65_HS1-834228961_62-HQ-83894_Section_2
Agency: FBI
Page 160
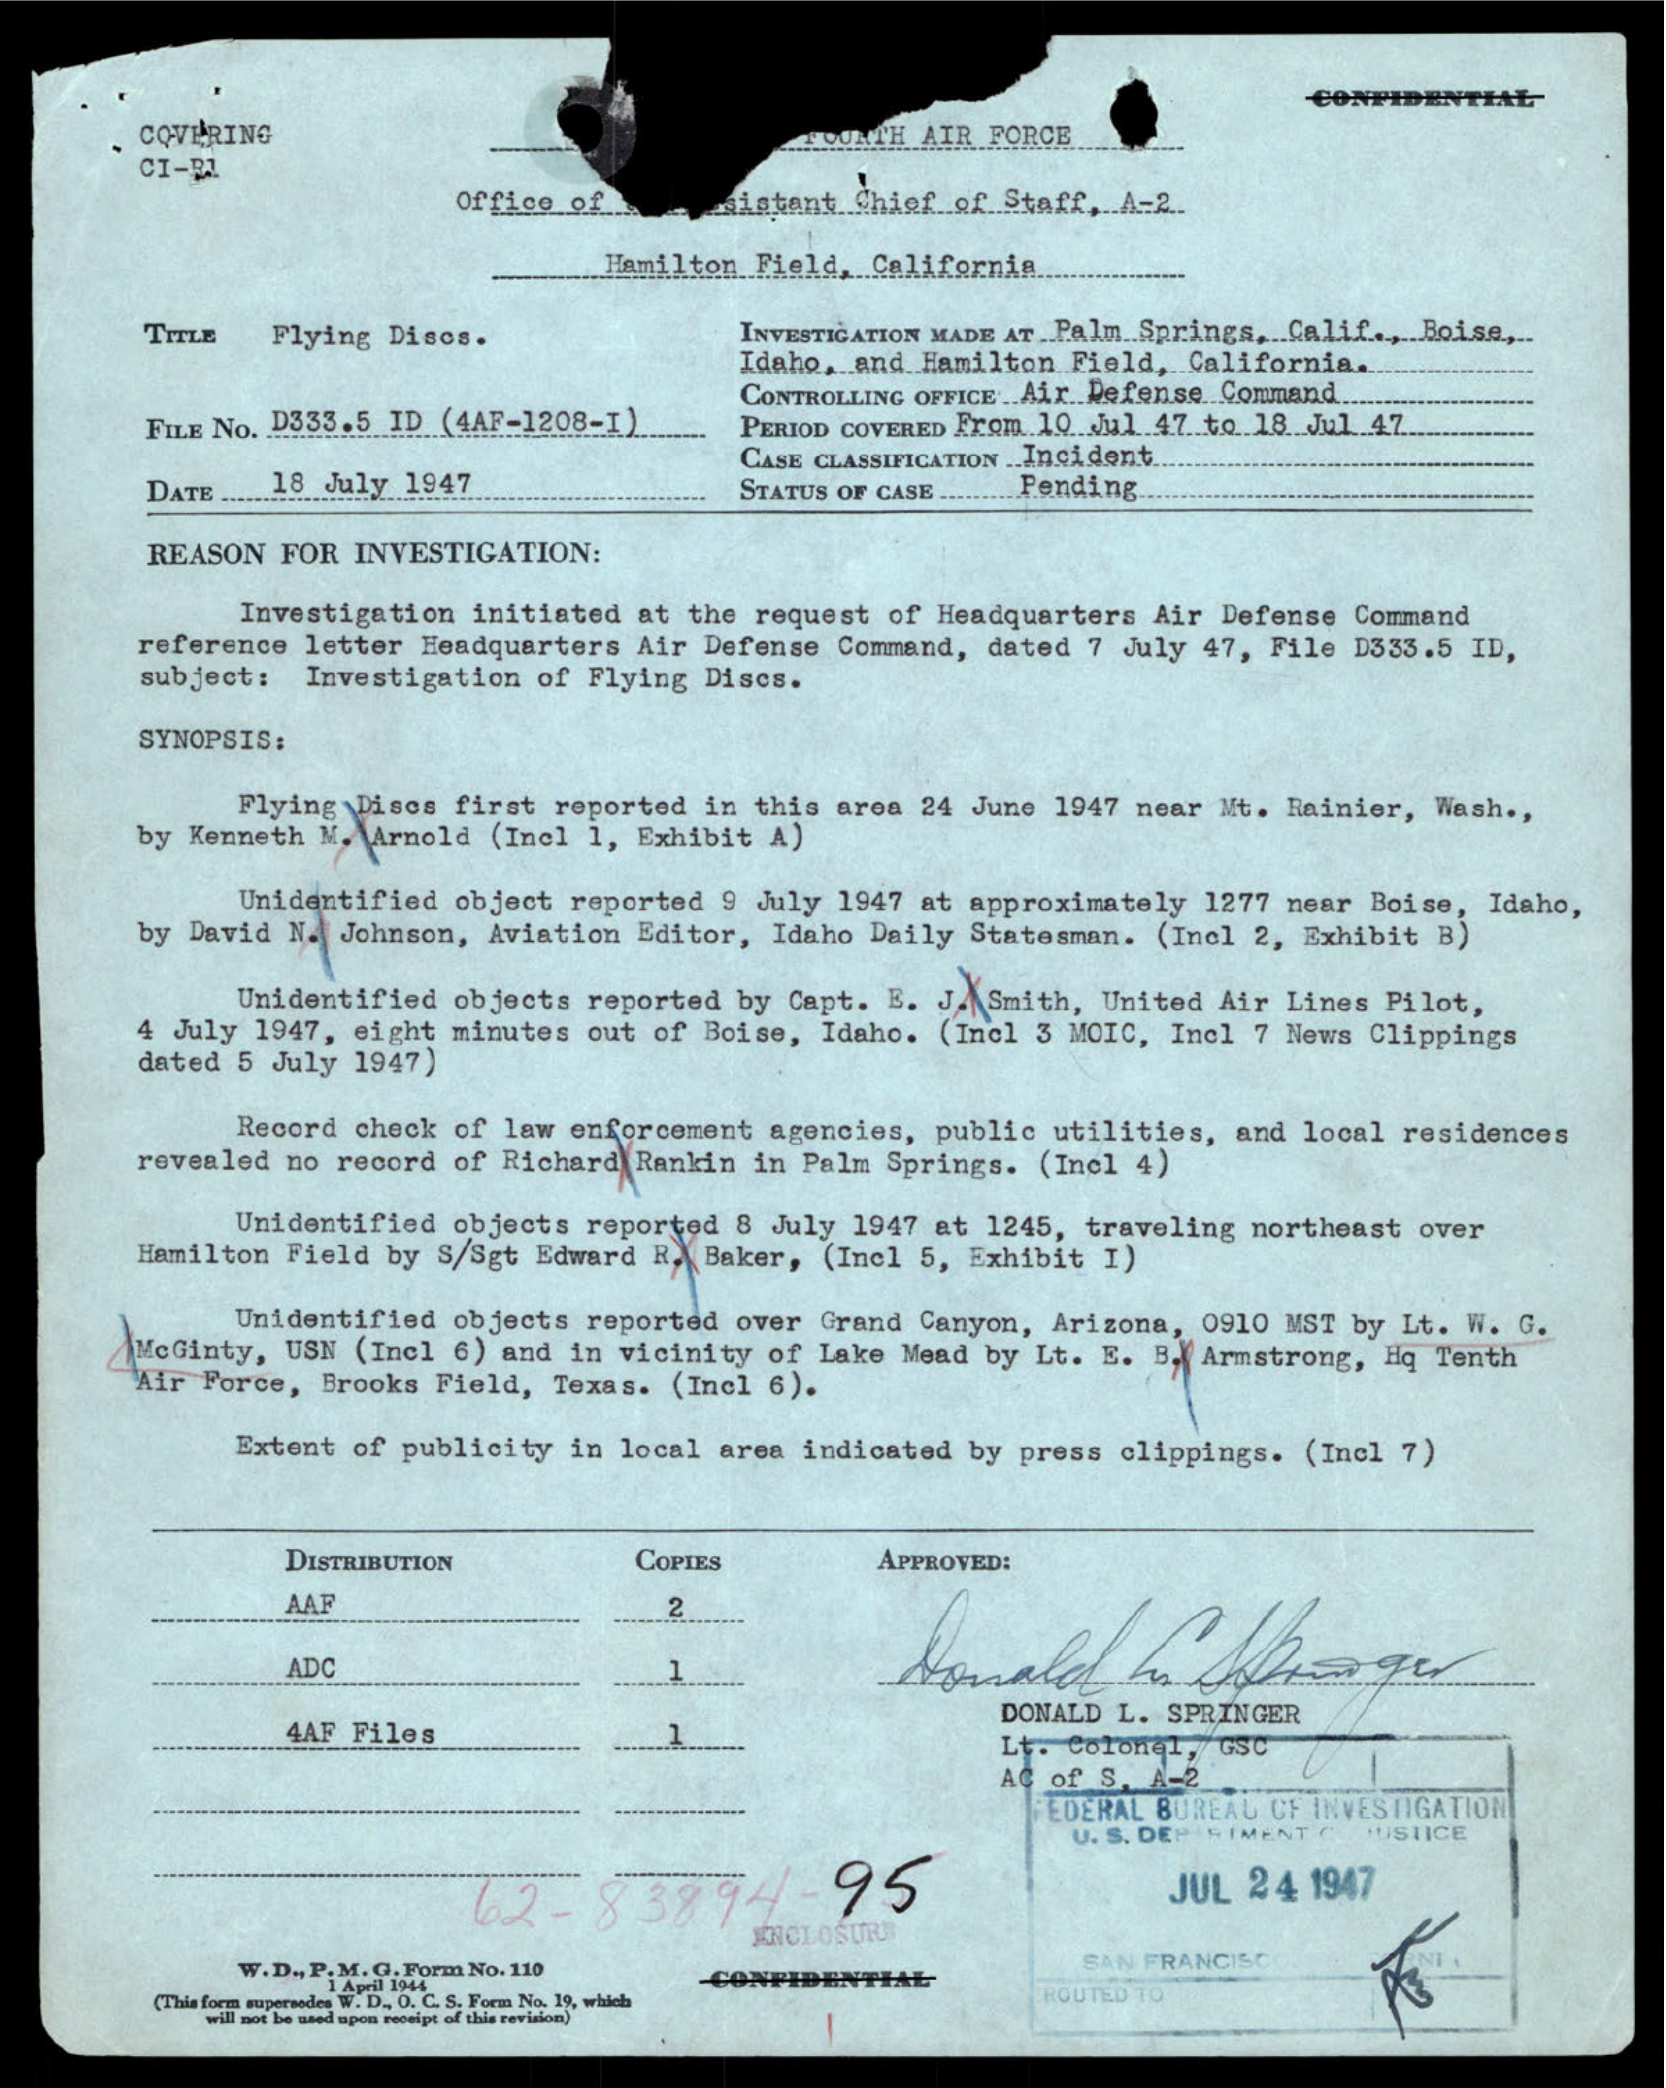